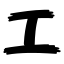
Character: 工